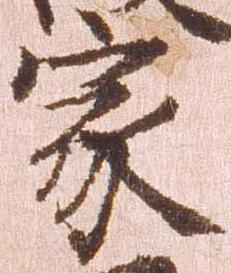
家